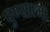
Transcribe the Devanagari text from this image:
पुण्‍यात्‍मा